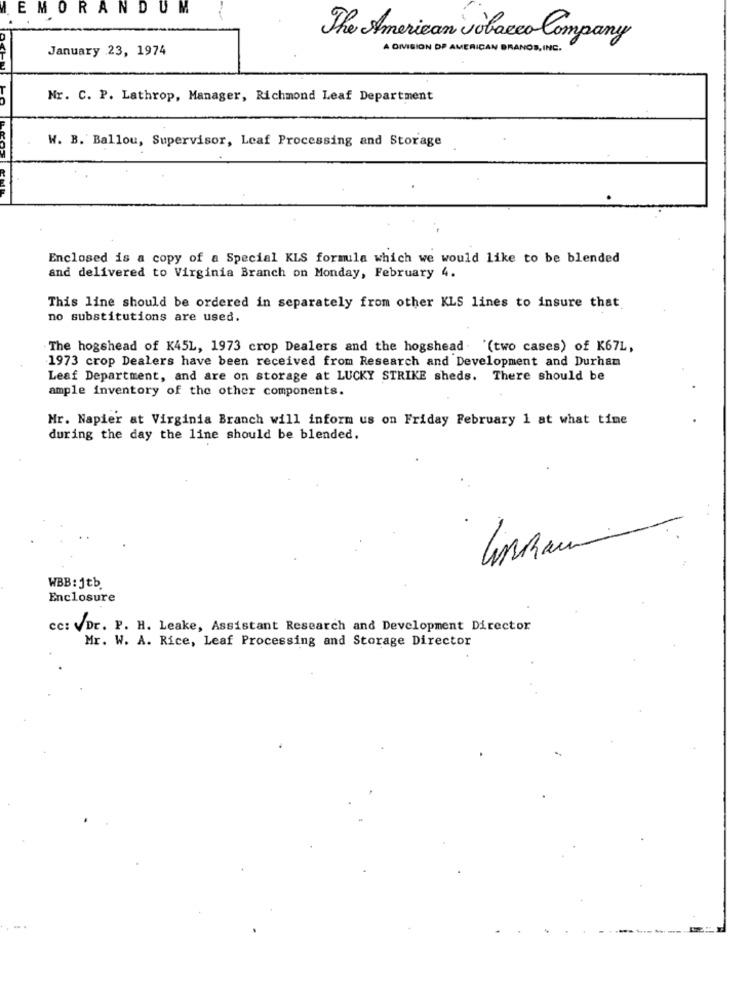
EMORANDUM
The American Tobacco Company
January 23, 1974
A DIVISION OF AMERICAN BRANOS, INC.
Nr. C. P. Lathrop, Manager, Richmond Leaf Department
W. B. Ballou, Supervisor, Leaf Processing and Storage
Enclosed is a copy of a Special KLS formula which we would like to be blended
and delivered to Virginia Branch on Monday, February 4.
This line should be ordered in separately from other KLS lines to insure that
no substitutions are used.
The hogshead of K45L, 1973 crop Dealers and the hogshead (two cases) of K67L,
1973 crop Dealers have been received from Research and Development and Durham
Leaf Department, and are on storage at LUCKY STRIKE sheds. There should be
ample inventory of the other components.
Mr. Napier at Virginia Branch will inform us on Friday February 1 at what time
during the day the line should be blended.
WBB: Jtb.
Enclosure
cc: VDr. P. H. Leake, Assistant Research and Development Director
Mr. W. A. Rice, Leaf Processing and Storage Director
- .